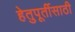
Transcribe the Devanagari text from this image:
हेतुपूर्तीसाठी